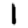
Digit: 1